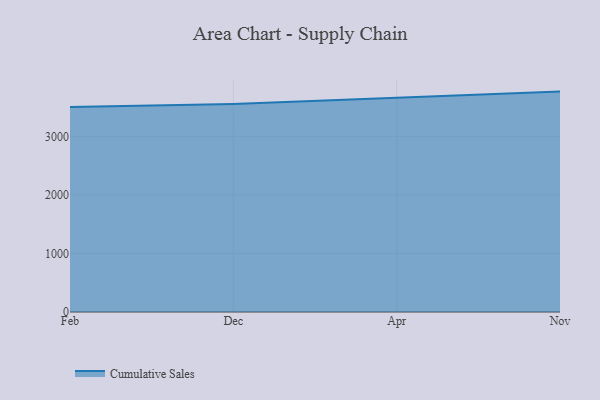
{"axis": {"x": "Month", "y": "Latency (ms)"}, "legend": ["Cumulative Sales"], "data": [{"x": "Feb", "y": 3502.4, "type": "Cumulative Sales"}, {"x": "Dec", "y": 3552.3, "type": "Cumulative Sales"}, {"x": "Apr", "y": 3660.6, "type": "Cumulative Sales"}, {"x": "Nov", "y": 3764.2, "type": "Cumulative Sales"}]}